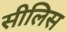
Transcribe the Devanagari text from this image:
सीलिस